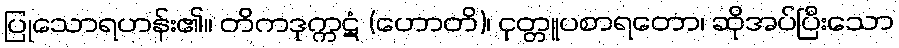
ပြုသောရဟန်း၏။ တိကဒုက္ကဋံ (ဟောတိ)၊ ငုတ္တူပစာရတော၊ ဆိုအပ်ပြီးသော